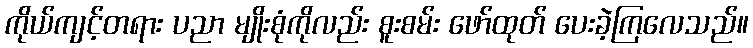
ကိုယ်ကျင့်တရား ပညာ မျိုးစုံကိုလည်း စူးစမ်း ဖော်ထုတ် ပေးခဲ့ကြလေသည်။